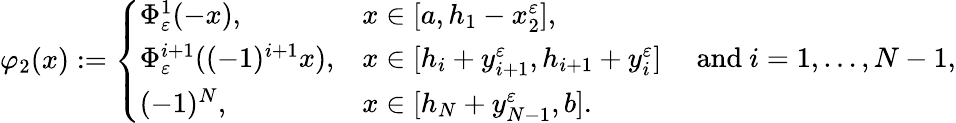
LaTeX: \varphi_{2}(x):=\left\{ \begin{array}{ll}{\Phi_{\varepsilon}^{1}(-x),\qquad}&{x\in[a,h_{1}-x_{2}^{\varepsilon}],}\\ {\Phi_{\varepsilon}^{i+1}((-1)^{i+1}x),}&{x\in[h_{i}+y_{i+1}^{\varepsilon},h_{i+1}+y_{i}^{\varepsilon}]\quad\mathrm{~and~}i=1,\dots,N-1,}\\ {(-1)^{N},}&{x\in[h_{N}+y_{N-1}^{\varepsilon},b].}\end{array}\right.